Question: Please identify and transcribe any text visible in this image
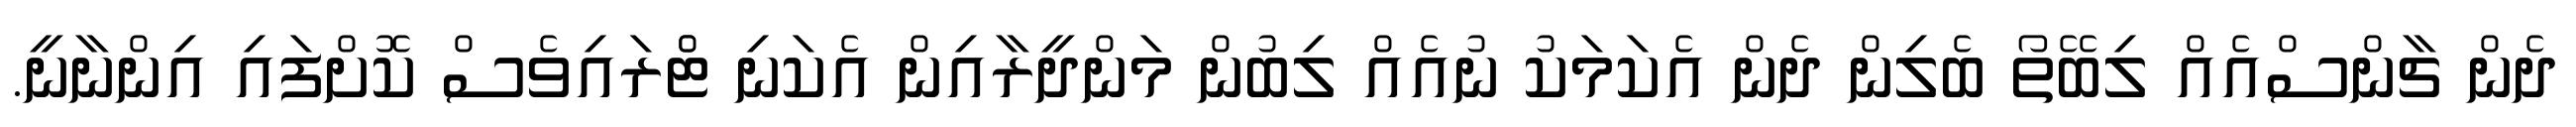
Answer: ދެން ޗާންސްއެއް ލިބޭތޯ ބެލިން ދެން އެކަމަކު ނުއެއް ލިބުން މަންދީރާއިން އެކަނި ޓްެރައިވެސް ކޮށްފައި އިންނާނީ.